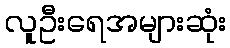
လူဦးရေအများဆုံး